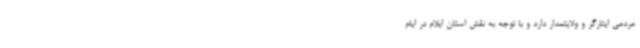
مردمی ایثارگر و ولایتمدار دارد و با توجه به نقش استان ایلام در ایام